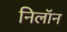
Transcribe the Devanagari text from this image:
निलॉन